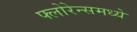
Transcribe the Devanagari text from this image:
फ्लोरेन्समध्ये